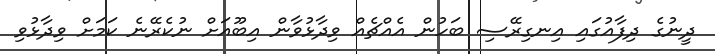
ދީނުގެ ދިފާއުގައި އިނގިރޭސި ބަހުން އެއްޗެއް ވިދާޅުވާން އިބޫއަށް ނުކެރޭނެ ކަމަށް ވިދާޅުވި